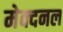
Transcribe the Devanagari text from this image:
मेक्दनल